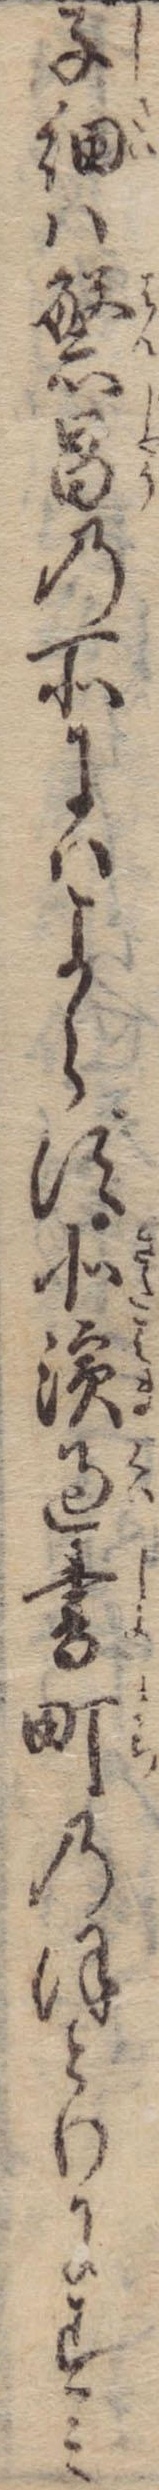
子細は繁昌の所にはよらず北浜過書町のほとりにすみ